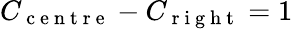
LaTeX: C_{\mathrm{~c~e~n~t~r~e~}}-C_{\mathrm{~r~i~g~h~t~}}=1